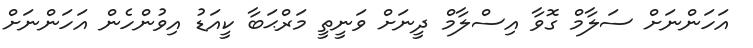
އަހަންނަށް ސަލާމް ގޮވާ އިސްލާމް ދީނަށް ވަނީތީ މަރްޙަބާ ކީއަޑު އިވުންހެން އަހަންނަށް